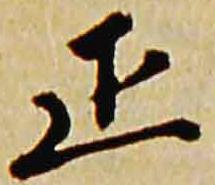
正